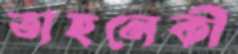
তাহলেকী